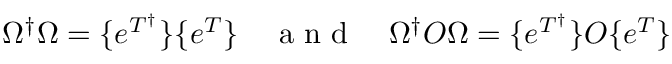
\Omega ^ { \dagger } \Omega = \{ e ^ { T ^ { \dagger } } \} \{ e ^ { T } \} \quad \mathrm { ~ a ~ n ~ d ~ } \quad \Omega ^ { \dagger } O \Omega = \{ e ^ { T ^ { \dagger } } \} O \{ e ^ { T } \}